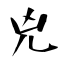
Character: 兇